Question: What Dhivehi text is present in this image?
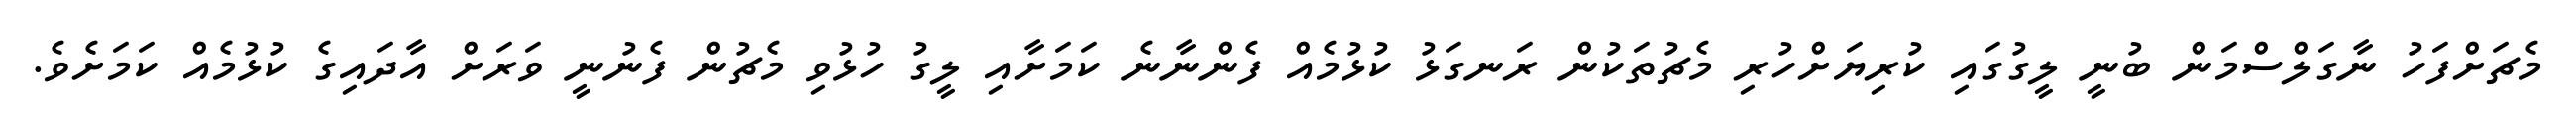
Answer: މެޗަށްފަހު ނާގަލްސްމަން ބުނީ ލީގުގައި ކުރިޔަށްހުރި މެޗުތަކުން ރަނގަޅު ކުޅުމެއް ފެންނާނެ ކަމަށާއި ލީގު ހުޅުވި މެޗުން ފެނުނީ ވަރަށް އާދައިގެ ކުޅުމެއް ކަމަށެވެ.